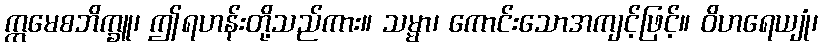
ဣမေစဘိက္ခူ၊ ဤရဟန်းတို့သည်ကား။ သမ္မာ၊ ကောင်းသောအကျင့်ဖြင့်။ ဝိဟရေယျုံ၊